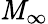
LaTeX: \mathit{M}_{\infty}